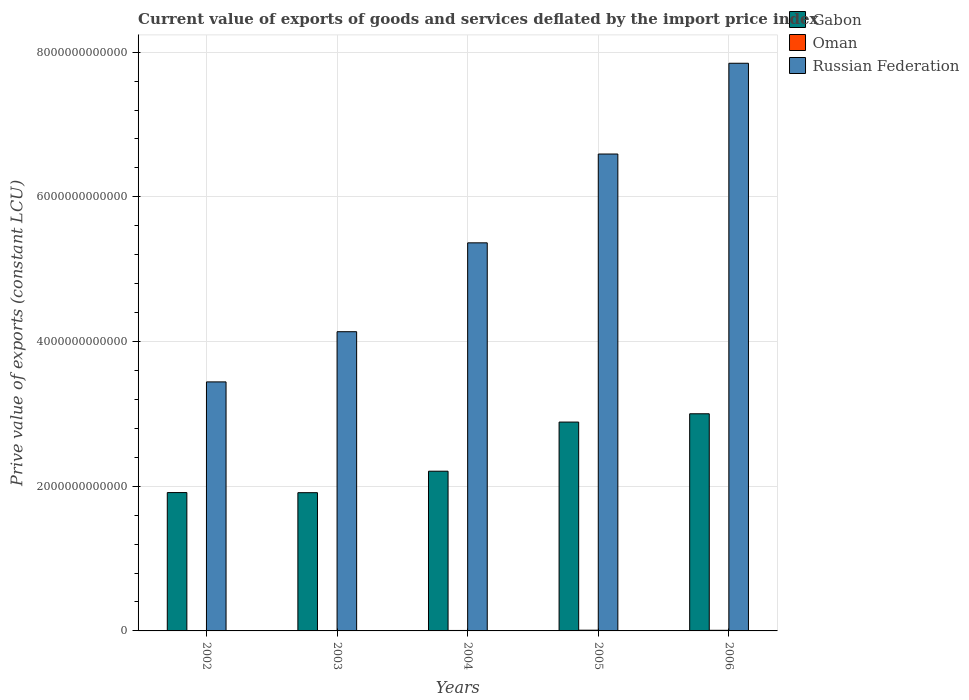
| Years | Gabon | Oman | Russian Federation |
 | --- | --- | --- | --- |
 | 2002 | 1.91e+12 | 5.25e+09 | 3.44e+12 |
 | 2003 | 1.91e+12 | 5.76e+09 | 4.14e+12 |
 | 2004 | 2.21e+12 | 6.38e+09 | 5.36e+12 |
 | 2005 | 2.89e+12 | 9.95e+09 | 6.59e+12 |
 | 2006 | 3e+12 | 8.52e+09 | 7.85e+12 |